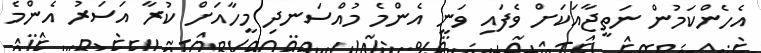
އެހެންކަމުން ނަތީޖާއަކަށް ވެފައި ވަނީ އެންމެ މުއްސަނދި މީހާއަށް ކުރާ އަސަރު އެންމެ